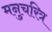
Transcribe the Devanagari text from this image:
मनुचरित्र